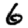
Digit: 6